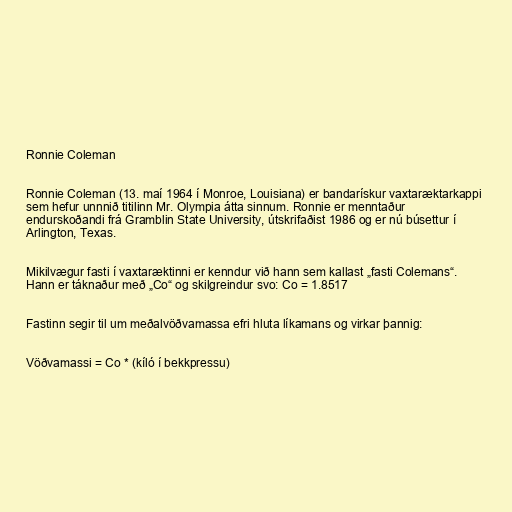
Ronnie Coleman

Ronnie Coleman (13. maí 1964 í Monroe, Louisiana) er bandarískur vaxtaræktarkappi
sem hefur unnnið titilinn Mr. Olympia átta sinnum. Ronnie er menntaður
endurskoðandi frá Gramblin State University, útskrifaðist 1986 og er nú búsettur í
Arlington, Texas.

Mikilvægur fasti í vaxtaræktinni er kenndur við hann sem kallast „fasti Colemans“.
Hann er táknaður með „Co“ og skilgreindur svo: Co = 1.8517

Fastinn segir til um meðalvöðvamassa efri hluta líkamans og virkar þannig:

Vöðvamassi = Co * (kíló í bekkpressu)